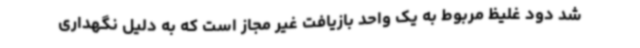
شد دود غلیظ مربوط به یک واحد بازیافت غیر مجاز است که به دلیل نگهداری